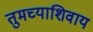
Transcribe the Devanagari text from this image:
तुमच्याशिवाय